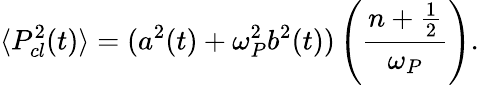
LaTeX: \langle P_{cl}^{2}(t)\rangle=(a^{2}(t)+\omega_{P}^{2}b^{2}(t))\left(\frac{n+\frac{1}{2}}{\omega_{P}}\right).